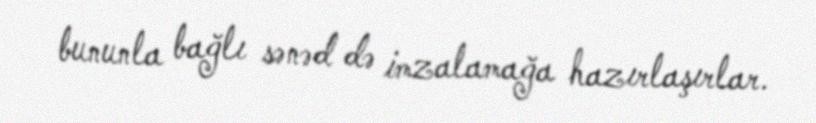
bununla bağlı sənəd də imzalamağa hazırlaşırlar.